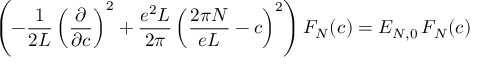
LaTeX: \left( - \frac { 1 } { 2 L } \left( \frac { \partial } { \partial c } \right) ^ { 2 } + \frac { e ^ { 2 } L } { 2 \pi } \left( \frac { 2 \pi N } { e L } - c \right) ^ { 2 } \right) F _ { N } ( c ) = { \cal E } _ { N , 0 } \, F _ { N } ( c )